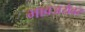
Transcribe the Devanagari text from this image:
भावजयेवर